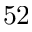
^ Ḋ 5 2 Ḍ